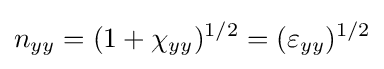
n_{yy}=(1+\chi _{yy})^{1/2}=(\varepsilon _{yy})^{1/2}